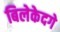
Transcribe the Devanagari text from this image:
बिलेकेदगे